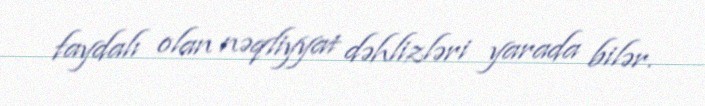
faydalı olan nəqliyyat dəhlizləri yarada bilər.